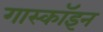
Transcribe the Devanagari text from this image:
गास्कॉइन